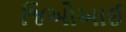
જિઓઆઈ